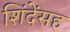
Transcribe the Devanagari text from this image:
शिंदेंसह